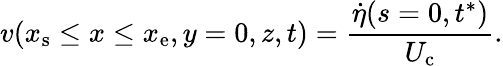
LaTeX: v(x_{\mathrm{s}}\le x\le x_{\mathrm{e}},y=0,z,t)=\frac{\dot{\eta}(s=0,t^{*})}{U_{\mathrm{c}}}.